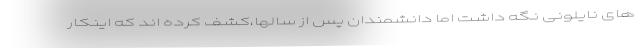
های نایلونی نگه داشت اما دانشمندان پس از سالها،کشف کرده اند که اینکار